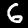
Digit: 6